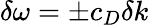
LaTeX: \delta\omega=\pm c_{D}\delta k